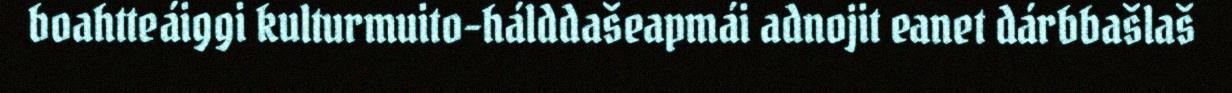
boahtteáiggi kulturmuito-hálddašeapmái adnojit eanet dárbbašlaš